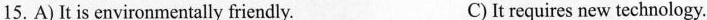
15. A)It is environmentally friendly. C)It requires new technology.